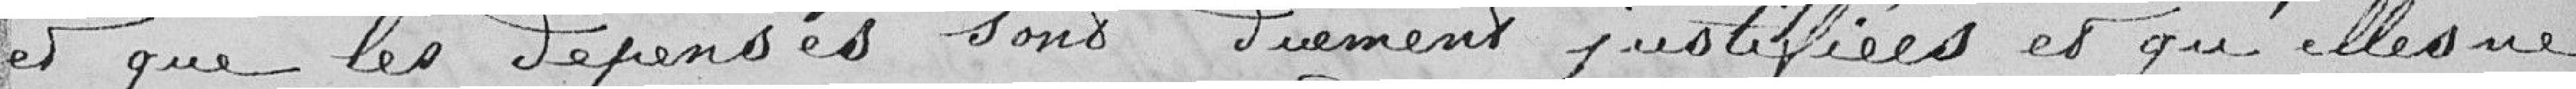
et que les dépenses sont duement justifiées et qu'elles ne